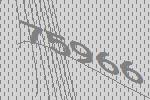
75966